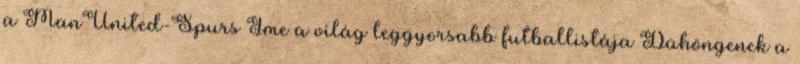
a ManUnited-Spurs Íme a világ leggyorsabb futballistája Dühöngenek a